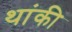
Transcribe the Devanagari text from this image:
थांकी